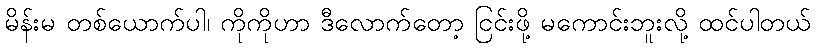
မိန်းမ တစ်ယောက်ပါ၊ ကိုကိုဟာ ဒီလောက်တော့ ငြင်းဖို့ မကောင်းဘူးလို့ ထင်ပါတယ်